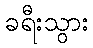
ခရီးသွား